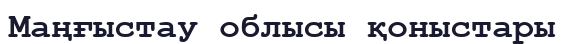
Маңғыстау облысы қоныстары